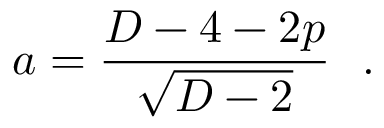
a = \frac { D - 4 - 2 p } { \sqrt { D - 2 } } ~ ~ .